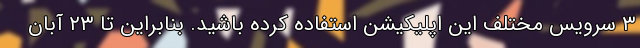
۳ سرویس مختلف این اپلیکیشن استفاده کرده باشید. بنابراین تا ۲۳ آبان